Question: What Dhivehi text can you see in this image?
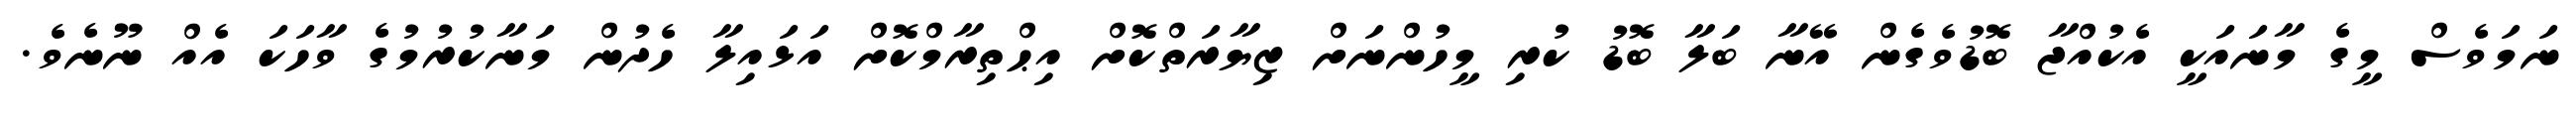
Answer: ނަމަވެސް މީގެ މާނައަކީ އެކުއްޖާ ބޮޑުވެގެން އޭނާ ބަލާ ބޮޑު ކުރި މީހުންނަށް ޒިޔާރަތްކޮށް އިޙްތިރާމްކޮށް އަޅައިލާ ހެދުން މަނާކުރުމުގެ ވާހަކަ އެއް ނޫނެވެ.